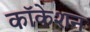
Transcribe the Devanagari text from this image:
कॉकेशन